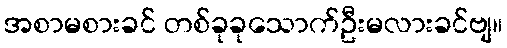
အစာမစားခင် တစ်ခုခုသောက်ဦးမလားခင်ဗျ။